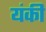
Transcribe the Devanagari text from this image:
यंकी